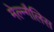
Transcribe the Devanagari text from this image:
मेल्न्गैलिस